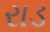
રાડ